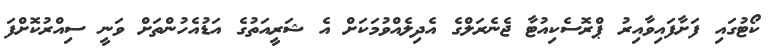
ކޯޓުގައި ފަށާފައިވާއިރު ޕްރޮސެކިއުޓާ ޖެނެރަލްގެ އެދިލެއްވުމަކަށް އެ ޝަރީއަތުގެ އަޑުއެހުންތަށް ވަނީ ސިއްރުކޮށްފަ